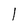
Character: 1